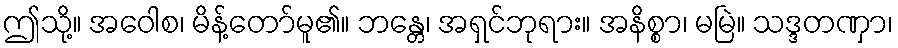
ဤသို့။ အဝေါစ၊ မိန့်တော်မူ၏။ ဘန္တေ၊ အရှင်ဘုရား။ အနိစ္စာ၊ မမြဲ။ သဒ္ဒတဏှာ၊